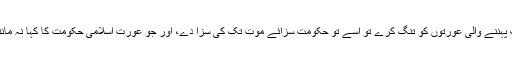
جب مرد اسلامی حکومت کا فیصلہ نہ مانتے ہوئے سکارف پہننے والی عورتوں کو تنگ کرے تو اسے تو حکومت سزائے موت تک کی سزا دے، اور جو عورت اسلامی حکومت کا کہا نہ مانتے ہوئے سکارف نہ پہنے تو اسے سزا کیوں نہ دی جائے؟